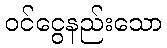
ဝင်ငွေနည်းသော